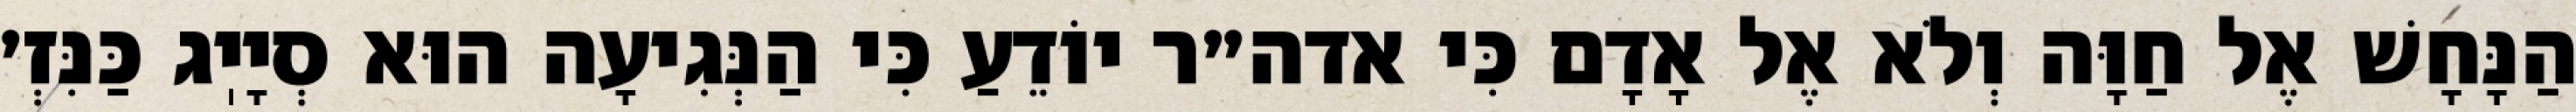
הַנָּחָשׁ אֶל חַוָּה וְלֹא אֶל אָדָם כִּי אדה״ר יוֹדֵעַ כִּי הַנְּגִיעָה הוּא סְיָיֽג כַּנִּזְ׳